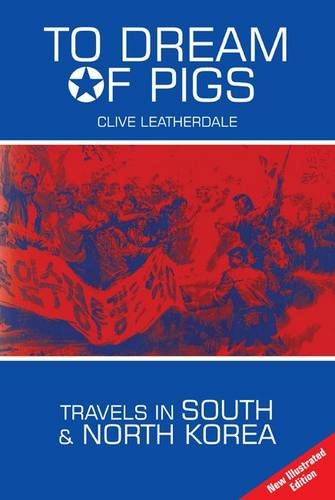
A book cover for To Dream of Pigs: Travels in South and North Korea (Desert Island Travels); Clive Leatherdale; Travel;